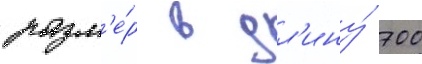
разм'е́р в дл'ину́ 700